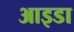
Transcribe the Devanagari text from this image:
आइडा